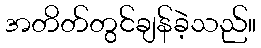
အတိတ်တွင်ချန်ခဲ့သည်။